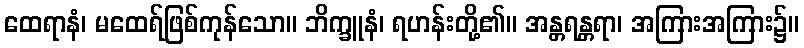
ထေရာနံ၊ မထေရ်ဖြစ်ကုန်သော။ ဘိက္ခူနံ၊ ရဟန်းတို့၏။ အန္တရန္တရာ၊ အကြားအကြား၌။